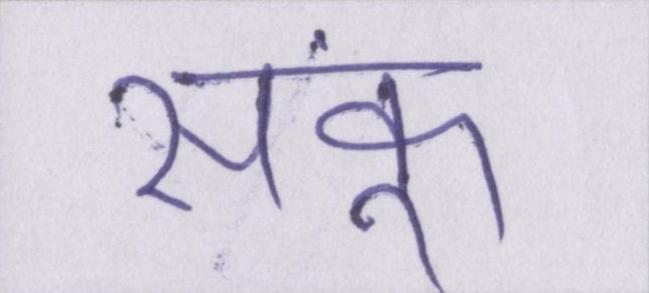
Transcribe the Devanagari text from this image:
सकूं।